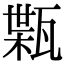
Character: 𤭴